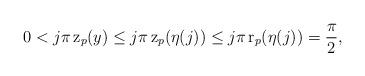
LaTeX: \begin{align*} 0<j\pi\operatorname{z}_p(y)\leq j\pi\operatorname{z}_p(\eta(j))\leq j\pi\operatorname{r}_p(\eta(j))= \frac \pi 2,\end{align*}